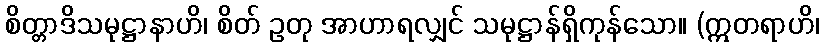
စိတ္တာဒိသမုဋ္ဌာနာဟိ၊ စိတ် ဥတု အာဟာရလျှင် သမုဋ္ဌာန်ရှိကုန်သော။ (ဣတရာဟိ၊